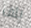
يلف